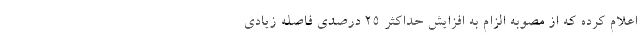
اعلام کرده که از مصوبه الزام به افزایش حداکثر ۲۵ درصدی فاصله زیادی